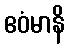
ဧဝံမာနိ